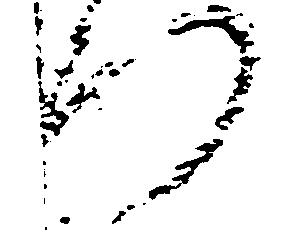
つ